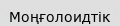
Моңғолоидтік